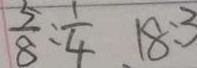
\frac { 5 } { 8 } : \frac { 1 } { 4 } 1 8 : 3